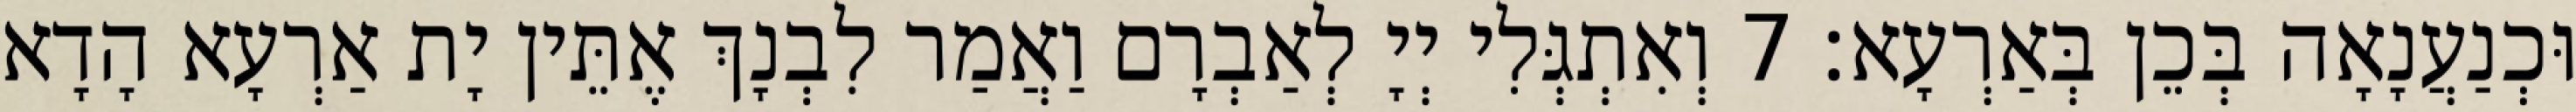
וּכְנַעֲנָאָה בְּכֵן בְּאַרְעָא׃ 7 וְאִתְגְּלִי יְיָ לְאַבְרָם וַאֲמַר לִבְנָךְ אֶתֵּין יָת אַרְעָא הָדָא